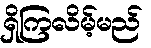
ရှိကြလိမ့်မည်